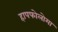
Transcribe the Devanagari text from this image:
हापफोलोमा